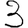
Digit: 3